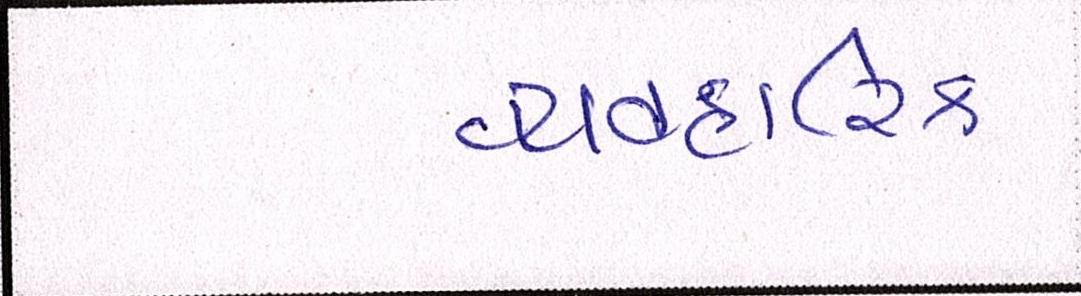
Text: વ્યવહારિક